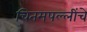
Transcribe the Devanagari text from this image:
चितमपल्लींचे